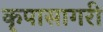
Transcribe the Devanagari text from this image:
कृपासागरी